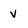
Character: v